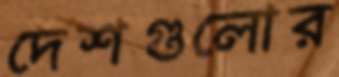
দেশগুলোর